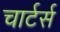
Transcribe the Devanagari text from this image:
चार्टर्स